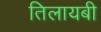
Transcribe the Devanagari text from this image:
तिलायबी